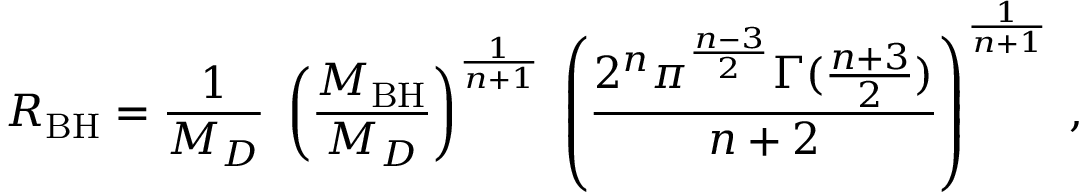
R _ { \mathrm { B H } } = \frac { 1 } { M _ { D } } \; \left( \frac { M _ { \mathrm { B H } } } { M _ { D } } \right) ^ { \frac { 1 } { n + 1 } } \; \left( \frac { 2 ^ { n } \pi ^ { \frac { n - 3 } { 2 } } \Gamma ( \frac { n + 3 } { 2 } ) } { n + 2 } \right) ^ { \frac { 1 } { n + 1 } } \; ,